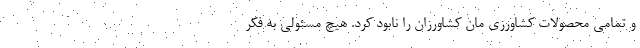
و تمامی محصولات کشاورزی مان کشاورزان را نابود کرد. هیچ مسئولی به فکر